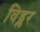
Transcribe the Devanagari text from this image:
विड्लर